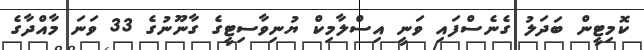
ކޮމިޓީން ބަދަލު ގެނެސްފައި ވަނީ އިސްލާމިކް ޔުނިވާސިޓީގެ ގާނޫނުގެ 33 ވަނަ މާއްދާގެ